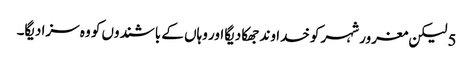
5 لیکن مغرور شہر کو خدا وند جھکا دیگا اور وہاں کے باشندوں کو وہ سزا دیگا۔